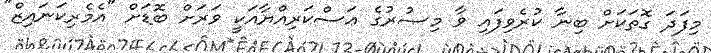
މިފަދަ ގޮތަކަށް ބިނާ ކުރެވިފައި ވާ މިޞުރުގެ ޢަސްކަރިއްޔާއަކީ ވަރަށް ބޮޑަށް "އެމެރިކަނައިޒް"